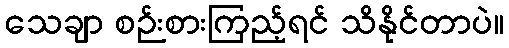
သေချာ စဉ်းစားကြည့်ရင် သိနိုင်တာပဲ။